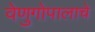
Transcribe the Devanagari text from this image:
वेणुगोपालाचे